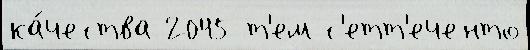
ка́чества 2045 т'ем с'етт'еченто